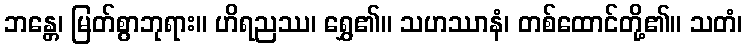
ဘန္တေ၊ မြတ်စွာဘုရား။ ဟိရညဿ၊ ရွှေ၏။ သဟဿာနံ၊ တစ်ထောင်တို့၏။ သတံ၊